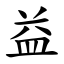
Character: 益